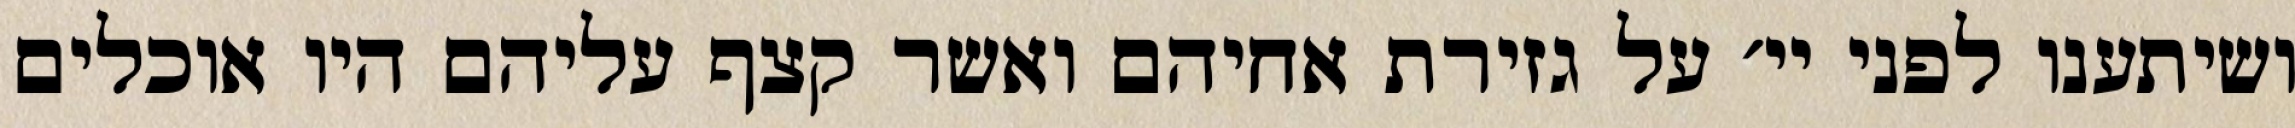
ושיתענו לפני יי׳ על גזירת אחיהם ואשר קצף עליהם היו אוכלים